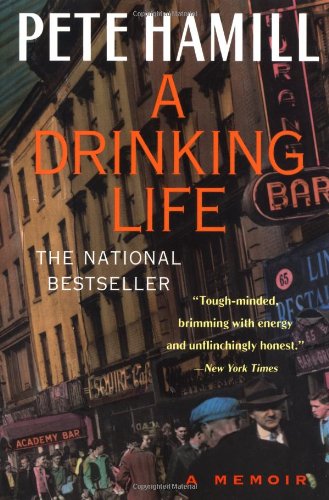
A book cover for A Drinking Life: A Memoir; Pete Hamill; Biographies & Memoirs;